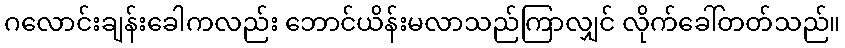
ဂလောင်းချန်းခေါကလည်း ဘောင်ယိန်းမလာသည်ကြာလျှင် လိုက်ခေါ်တတ်သည်။